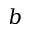
b